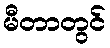
မီတာတွင်